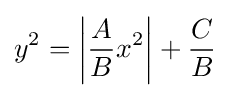
y^{2}=\left|{\frac {A}{B}}x^{2}\right|+{\frac {C}{B}}